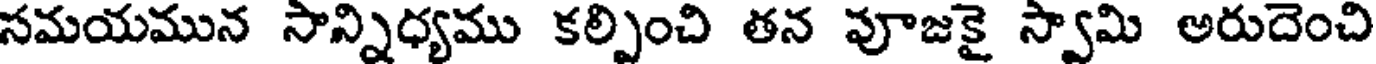
సమయమున సాన్నిధ్యము కల్పించి తన వూజకై స్వామి అరుదెంచి